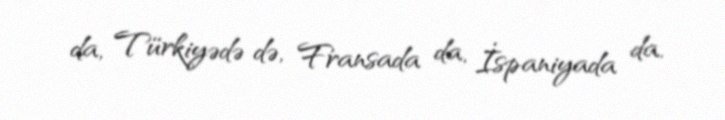
da, Türkiyədə də, Fransada da, İspaniyada da.